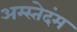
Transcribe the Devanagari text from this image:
अम्स्तेदंम